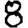
Digit: 8